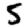
Digit: 5